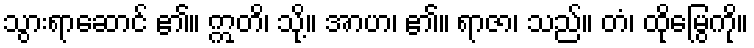
သွားရာဆောင် ၏။ ဣတိ၊ သို့။ အာဟ၊ ၏။ ရာဇာ၊ သည်။ တံ၊ ထိုမြွေကို။